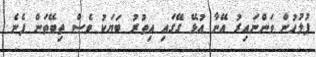
ފުލުހުން ވަންނައިރު އޭނާ އުޅޭ ގޭގައި އިތުރު ބަޔަކު ވެސް ތިބޭތަން ފެނެ